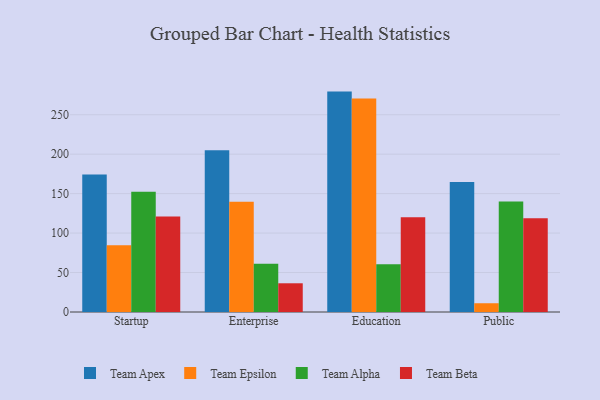
{"axis": {"x": "Segment", "y": "Active Users"}, "legend": ["Team Alpha", "Team Apex", "Team Beta", "Team Epsilon"], "data": [{"x": "Startup", "y": 174.3, "type": "Team Apex"}, {"x": "Startup", "y": 84.7, "type": "Team Epsilon"}, {"x": "Startup", "y": 152.5, "type": "Team Alpha"}, {"x": "Startup", "y": 121.0, "type": "Team Beta"}, {"x": "Enterprise", "y": 205.1, "type": "Team Apex"}, {"x": "Enterprise", "y": 139.6, "type": "Team Epsilon"}, {"x": "Enterprise", "y": 61.2, "type": "Team Alpha"}, {"x": "Enterprise", "y": 36.4, "type": "Team Beta"}, {"x": "Education", "y": 279.3, "type": "Team Apex"}, {"x": "Education", "y": 270.4, "type": "Team Epsilon"}, {"x": "Education", "y": 60.5, "type": "Team Alpha"}, {"x": "Education", "y": 120.0, "type": "Team Beta"}, {"x": "Public", "y": 164.7, "type": "Team Apex"}, {"x": "Public", "y": 11.1, "type": "Team Epsilon"}, {"x": "Public", "y": 140.0, "type": "Team Alpha"}, {"x": "Public", "y": 118.9, "type": "Team Beta"}]}